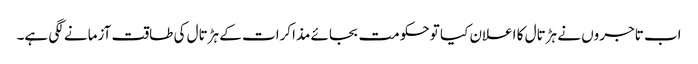
اب تاجروں نے ہڑتال کا اعلان کیا تو حکومت بجائے مذاکرات کے ہڑتال کی طاقت آزمانے لگی ہے۔